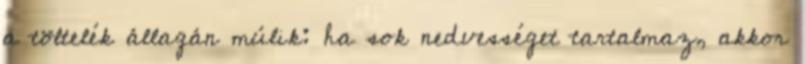
a töltelék állagán múlik: ha sok nedvességet tartalmaz, akkor